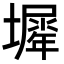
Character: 𡒛